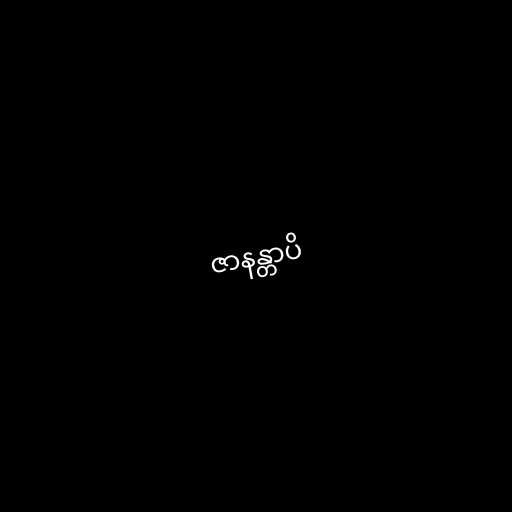
ဇာနန္တာပိ